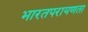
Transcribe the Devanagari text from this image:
भारतपरायणता